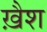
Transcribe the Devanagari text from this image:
ख़ैश